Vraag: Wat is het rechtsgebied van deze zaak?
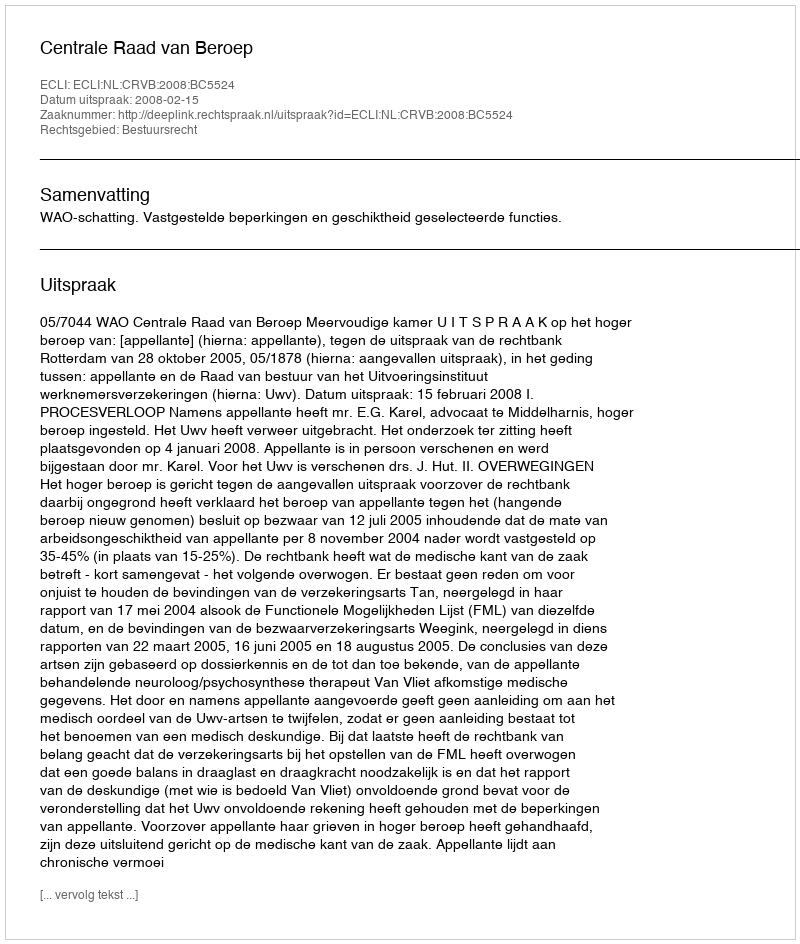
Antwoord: Bestuursrecht